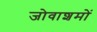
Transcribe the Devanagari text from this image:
जोवाशमों